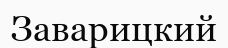
Заварицкий